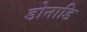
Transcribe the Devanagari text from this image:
डोनाडि